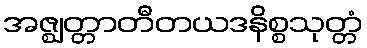
အဇ္ဈတ္တာတီတယဒနိစ္စသုတ္တံ